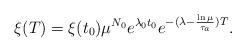
LaTeX: \begin{align*} \xi(T)=\xi(t_{0})\mu^{N_{0}}e^{\lambda_{0}t_{0}}e^{-(\lambda-\frac{\ln\mu}{\tau_{a}})T}.\end{align*}